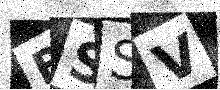
Text: BSSV